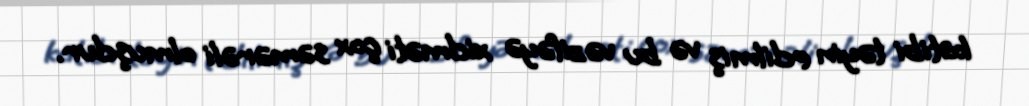
katibi təyin edilmiş və bu vəzifəyə xidməti çox səmərəli olmuşdur.